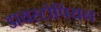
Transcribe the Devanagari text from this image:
डायस्टोपियन